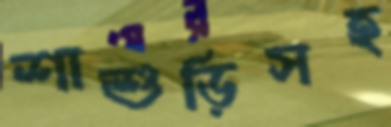
শাশুড়িসহ